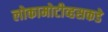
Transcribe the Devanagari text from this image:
लोकामोटीव्हसकडे